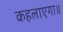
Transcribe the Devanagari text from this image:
कहलाएगा॥